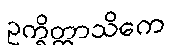
ဥက္ခိတ္တာသိကေ